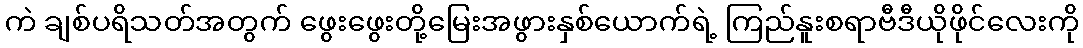
ကဲ ချစ်ပရိသတ်အတွက် ဖွေးဖွေးတို့မြေးအဖွားနှစ်ယောက်ရဲ့ ကြည်နူးစရာဗီဒီယိုဖိုင်လေးကို